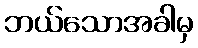
ဘယ်သောအခါမှ